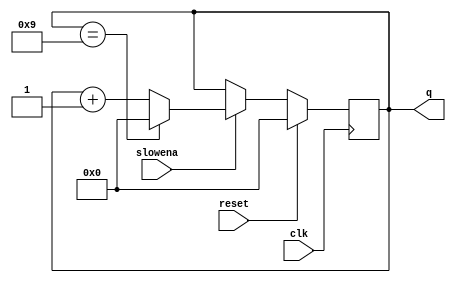
module top_module (
    input clk,
    input slowena,
    input reset,
    output [3:0] q);
    
    reg [3:0] cnt;
    //period is 10 
    //What is supposed to happen when the counter is 9 and not enabled?
    always @ (posedge clk)
        begin
            if(reset)
                cnt <= 4'b0;
            else if(slowena == 1'b1)
                begin
                    if(cnt == 4'd9)
                        cnt <= 4'b0;
                    else 
                        cnt <= cnt + 4'd1;
                end
        end
    
    assign q = cnt;

endmodule